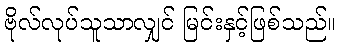
ဗိုလ်လုပ်သူသာလျှင် မြင်းနှင့်ဖြစ်သည်။